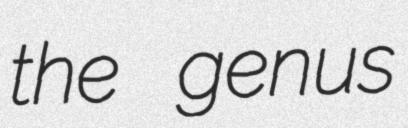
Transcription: the genus